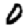
Digit: 0